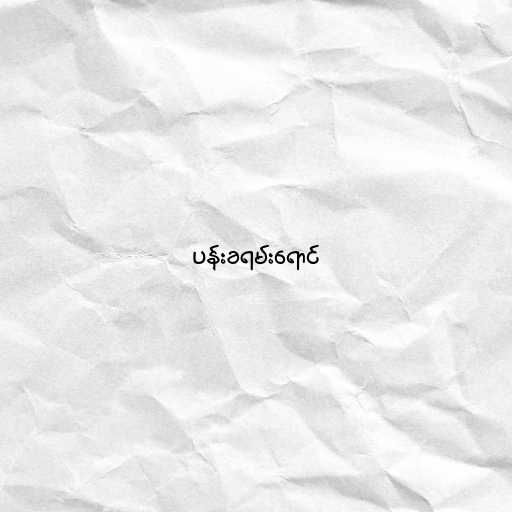
ပန်းခရမ်းရောင်